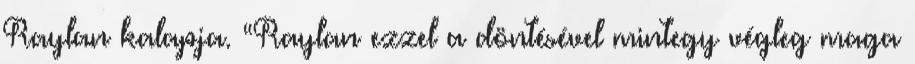
Raylan kalapja. “Raylan ezzel a döntésével mintegy végleg maga